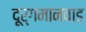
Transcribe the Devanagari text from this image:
दूर्गमानवाड